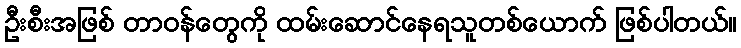
ဦးစီးအဖြစ် တာဝန်တွေကို ထမ်းဆောင်နေရသူတစ်ယောက် ဖြစ်ပါတယ်။